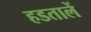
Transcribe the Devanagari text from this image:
हडतालें